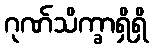
ဂုဏ်သိက္ခာရှိရှိ